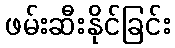
ဖမ်းဆီးနိုင်ခြင်း